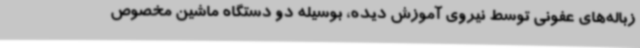
زباله‌های عفونی توسط نیروی آموزش دیده، بوسیله دو دستگاه ماشین مخصوص